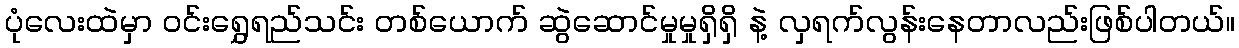
ပုံလေးထဲမှာ ဝင်းရွှေရည်သင်း တစ်ယောက် ဆွဲဆောင်မှုမှုရှိရှိ နဲ့ လှရက်လွန်းနေတာလည်းဖြစ်ပါတယ်။